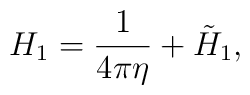
H_{1}={\frac{1}{4\pi \eta }}+\tilde{H}_{1},